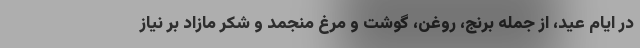
در ایام عید، از جمله برنج، روغن، گوشت و مرغ منجمد و شکر مازاد بر نیاز